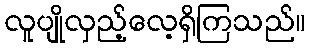
လူပျိုလှည့်လေ့ရှိကြသည်။